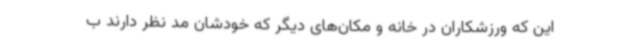
این که ورزشکاران در خانه و مکان‌های دیگر که خودشان مد نظر دارند ب